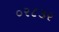
૦ર૮૩ર